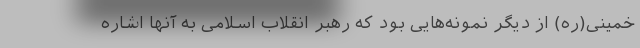
خمینی(ره) از دیگر نمونه‌هایی بود که رهبر انقلاب اسلامی به آنها اشاره